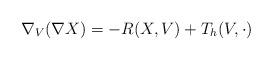
LaTeX: \begin{align*}\nabla_V (\nabla X) = - R(X, V) + T_h (V,\cdot) \end{align*}